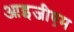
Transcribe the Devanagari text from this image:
आइजीएम